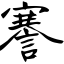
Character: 謇